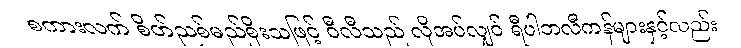
စကားလက် စိတ်ညစ်မည်စိုးသဖြင့် ဝီလီသည် လိုအပ်လျှင် ရီပါဘလီကန်များနှင့်လည်း